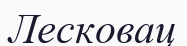
Лесковац